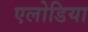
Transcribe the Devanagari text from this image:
एलोडिया